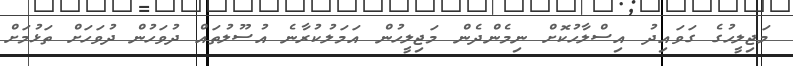
މަޖިލީހުގެ ގަވައިދު އިސްލާހުކޮށް ނިމެންދެން މަޖިލީހުން އަމަލުކުރާނެ އުސޫލުތައް ދުވަހުން ދުވަހަށް ތަޅުމަށް